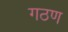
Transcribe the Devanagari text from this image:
गठण